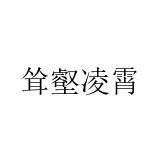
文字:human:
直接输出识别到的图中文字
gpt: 耸壑凌霄